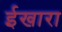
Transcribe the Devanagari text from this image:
ईखारा